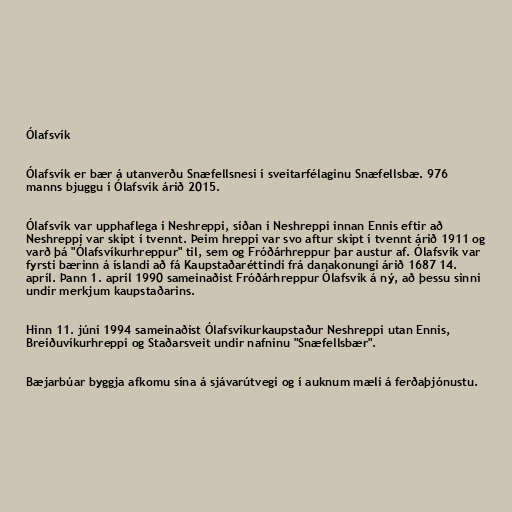
Ólafsvík

Ólafsvík er bær á utanverðu Snæfellsnesi í sveitarfélaginu Snæfellsbæ. 976
manns bjuggu í Ólafsvík árið 2015.

Ólafsvík var upphaflega í Neshreppi, síðan í Neshreppi innan Ennis eftir að
Neshreppi var skipt í tvennt. Þeim hreppi var svo aftur skipt í tvennt árið 1911 og
varð þá "Ólafsvíkurhreppur" til, sem og Fróðárhreppur þar austur af. Ólafsvík var
fyrsti bærinn á íslandi að fá Kaupstaðaréttindi frá danakonungi árið 1687 14.
apríl. Þann 1. apríl 1990 sameinaðist Fróðárhreppur Ólafsvík á ný, að þessu sinni
undir merkjum kaupstaðarins.

Hinn 11. júní 1994 sameinaðist Ólafsvíkurkaupstaður Neshreppi utan Ennis,
Breiðuvíkurhreppi og Staðarsveit undir nafninu "Snæfellsbær".

Bæjarbúar byggja afkomu sína á sjávarútvegi og í auknum mæli á ferðaþjónustu.